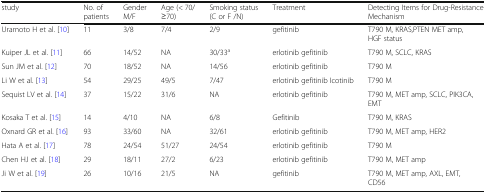
<table><thead><tr><td><b>study</b></td><td><b>No. of patients</b></td><td><b>Gender M/F</b></td><td><b>Age (&lt; 70/≥70)</b></td><td><b>Smoking status (C or F /N)</b></td><td><b>Treatment</b></td><td><b>Detecting Items for Drug-Resistance Mechanism</b></td></tr></thead><tbody><tr><td>Uramoto H et al. [10]</td><td>11</td><td>3/8</td><td>7/4</td><td>2/9</td><td>gefitinib</td><td>T790 M, KRAS,PTEN MET amp, HGF status</td></tr><tr><td>Kuiper JL et al. [11]</td><td>66</td><td>14/52</td><td>NA</td><td>30/33<sup>a</sup></td><td>erlotinib gefitinib</td><td>T790 M, SCLC, KRAS</td></tr><tr><td>Sun JM et al. [12]</td><td>70</td><td>18/52</td><td>NA</td><td>14/56</td><td>erlotinib gefitinib</td><td>T790 M</td></tr><tr><td>Li W et al. [13]</td><td>54</td><td>29/25</td><td>49/5</td><td>7/47</td><td>erlotinib gefitinib Icotinib</td><td>T790 M</td></tr><tr><td>Sequist LV et al. [14]</td><td>37</td><td>15/22</td><td>31/6</td><td>NA</td><td>erlotinib gefitinib</td><td>T790 M, MET amp, SCLC, PIK3CA, EMT</td></tr><tr><td>Kosaka T et al. [15]</td><td>14</td><td>4/10</td><td>NA</td><td>6/8</td><td>Gefitinib</td><td>T790 M, KRAS</td></tr><tr><td>Oxnard GR et al. [16]</td><td>93</td><td>33/60</td><td>NA</td><td>32/61</td><td>erlotinib gefitinib</td><td>T790 M, MET amp, HER2</td></tr><tr><td>Hata A et al. [17]</td><td>78</td><td>24/54</td><td>51/27</td><td>24/54</td><td>erlotinib gefitinib</td><td>T790 M</td></tr><tr><td>Chen HJ et al. [18]</td><td>29</td><td>18/11</td><td>27/2</td><td>6/23</td><td>erlotinib gefitinib</td><td>T790 M, MET amp</td></tr><tr><td>Ji W et al. [19]</td><td>26</td><td>10/16</td><td>21/5</td><td>NA</td><td>gefitinib</td><td>T790 M, MET amp, AXL, EMT, CD56</td></tr></tbody></table>